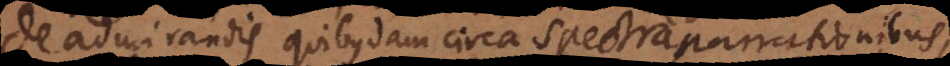
De admirandis quibusdam circa spectra narrationibus,